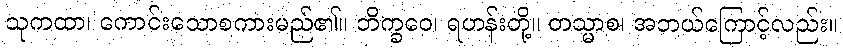
သုကထာ၊ ကောင်းသောစကားမည်၏။ ဘိက္ခဝေ၊ ရဟန်းတို့။ တသ္မာစ၊ အဘယ်ကြောင့်လည်း။